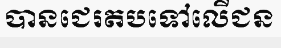
បានជេរតបទៅលើជន